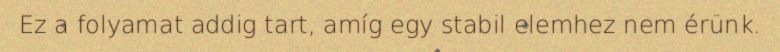
Ez a folyamat addig tart, amíg egy stabil elemhez nem érünk.